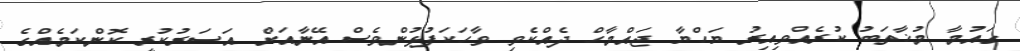
ގައުމާ މުޚާތަބު ކުރެއްވިއިރު ޔަހްޔާ ޖައްމާހް ދެއްކެވި ވާހަކަފުޅުންވެސް އޭނާއަށް އަސަރުކުރީ ކޮންކަމެއްގެ